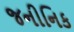
જનીનિક